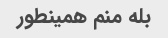
بله منم همینطور